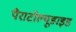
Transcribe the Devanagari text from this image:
पैराटोल्यूडाइड